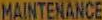
MAINTENANCE